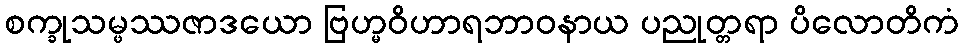
စက္ခုသမ္ဖဿဇာဒယော ဗြဟ္မဝိဟာရဘာဝနာယ ပညုတ္တရာ ပိလောတိကံ